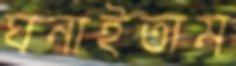
ঘনাইতাম